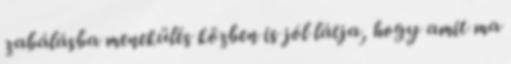
zabálásba menekülés közben is jól látja, hogy amit ma